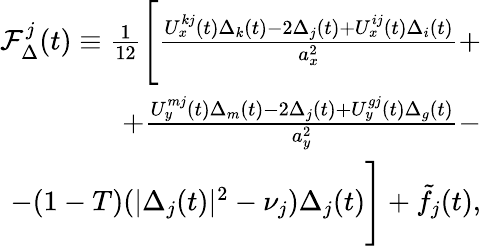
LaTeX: \begin{array}{r}{\mathcal{F}_{\Delta}^{j}(t)\equiv\frac{1}{12}\Bigg[\frac{U_{x}^{kj}(t)\Delta_{k}(t)-2\Delta_{j}(t)+U_{x}^{ij}(t)\Delta_{i}(t)}{a_{x}^{2}}+}\\ {+\frac{U_{y}^{mj}(t)\Delta_{m}(t)-2\Delta_{j}(t)+U_{y}^{gj}(t)\Delta_{g}(t)}{a_{y}^{2}}-}\\ {-(1-T)(|\Delta_{j}(t)|^{2}-\nu_{j})\Delta_{j}(t)\Bigg]+\tilde{f}_{j}(t),}\end{array}